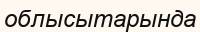
облысытарында